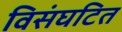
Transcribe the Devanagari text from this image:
विसंघटित